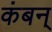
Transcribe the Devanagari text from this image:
कंबन्